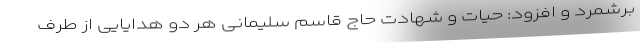
برشمرد و افزود: حیات و شهادت حاج قاسم سلیمانی هر دو هدایایی از طرف